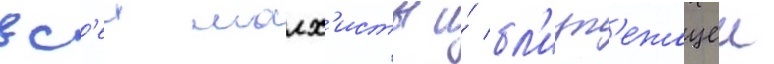
вс'еи малх'исты и́ бл'изл'ежащеи